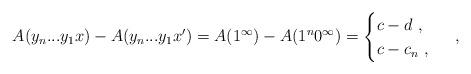
LaTeX: \begin{align*}A(y_n...y_1x) - A(y_n...y_1x') = A(1^\infty) - A(1^n 0^\infty) = \begin{cases}c - d \ , \\c - c_n \ , \end{cases} \ ,\end{align*}